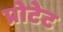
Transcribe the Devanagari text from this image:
प्रोटेट